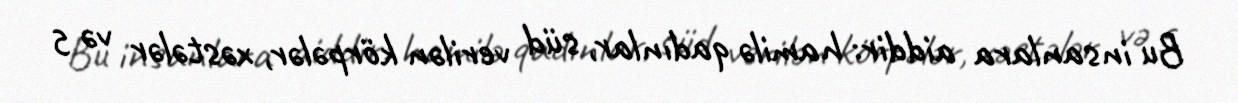
Bu insanlara aiddir: hamilə qadınlar, süd verilən körpələr, xəstələr və 5